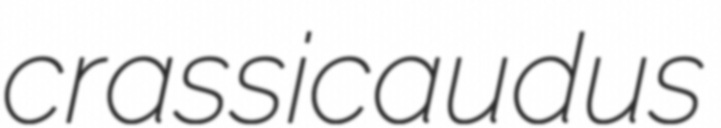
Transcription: crassicaudus